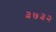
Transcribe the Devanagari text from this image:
३७३२